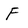
Character: F